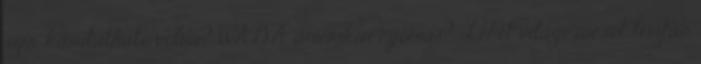
szer kimutatható volna? WADA amerikai nyomás? Lehet világcsúcsot tisztán